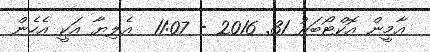
އާމީން އޮކްޓޯބަރު 31